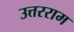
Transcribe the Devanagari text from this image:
उत्तरराम